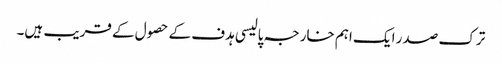
ترک صدر ایک اہم خارجہ پالیسی ہدف کے حصول کے قریب ہیں۔